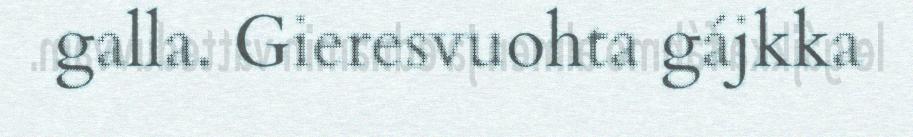
galla. Gieresvuohta gájkka